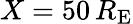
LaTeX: X=50\, R_{\mathrm{E}}